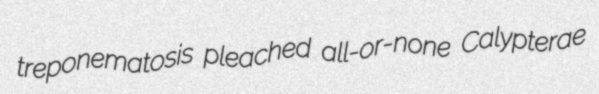
treponematosis pleached all-or-none Calypterae